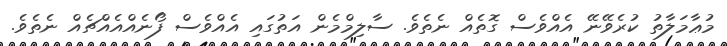
މުޢާމަލާތު ކުރެވޭނޭ އެއްވެސް ގޮތެއް ނެތެވެ. ސާލިމްމެން އަތުގައި އެއްވެސް ފޯނެއްއެއްޗެއް ނެތެވެ.